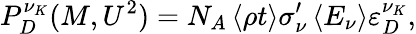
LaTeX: P_{D}^{\nu_{K}}(M,U^{2})=N_{A}\left\langle\rho t\right\rangle\sigma_{\nu}^{\prime}\left\langle E_{\nu}\right\rangle\varepsilon_{D}^{\nu_{K}},